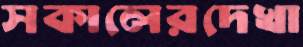
সকালেরদেখা